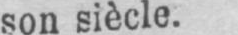
son siècle.